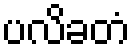
ပလိခတံ